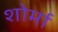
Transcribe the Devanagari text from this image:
शोर्मा